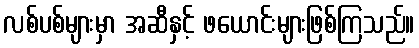
လစ်ပစ်များမှာ အဆီနှင့် ဖယောင်းများဖြစ်ကြသည်။